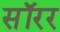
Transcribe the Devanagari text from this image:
सॉरर